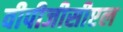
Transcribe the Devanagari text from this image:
वीपीजीसीएल